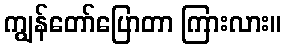
ကျွန်တော်ပြောတာ ကြားလား။